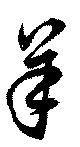
羊